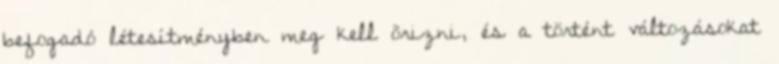
befogadó létesítményben meg kell õrizni, és a történt változásokat